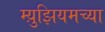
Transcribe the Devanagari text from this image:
म्य़ुझियमच्या